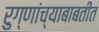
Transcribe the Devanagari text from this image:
रुग्णांच्याबाबतीत